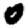
Digit: 0